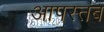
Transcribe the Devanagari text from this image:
आपस्तब